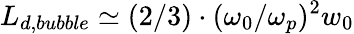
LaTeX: L_{d,bubble}\simeq(2/3)\cdot(\omega_{0}/\omega_{p})^{2}w_{0}